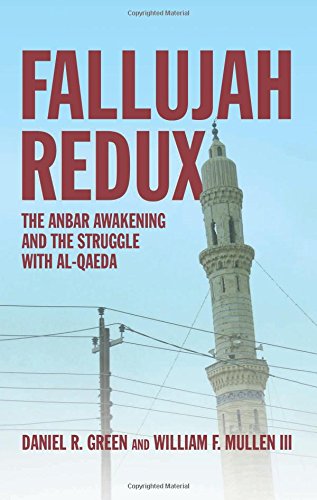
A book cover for Fallujah Redux: The Anbar Awakening and the Struggle with Al-Qaeda; Daniel R. Green; History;